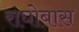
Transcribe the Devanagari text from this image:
राघोबास